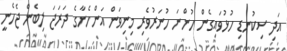
އަދި ސިކުނޑި ހުޅުވައިގެން ހުންނަ ހުނަރުވެރި މިނިވަން އަންހެނާގެ ދަރަޖަ ލިބެން ޖެހެނީ